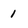
Character: 1